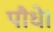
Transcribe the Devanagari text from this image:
पौधे।